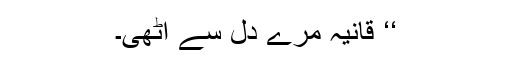
‘‘ قانیہ مرے دل سے اٹھی۔